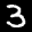
Label: 3